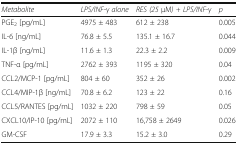
<table><thead><tr><td><b><i>Metabolite</i></b></td><td><b><i>LPS/INF-γ alone</i></b></td><td><b><i>RES (25</i> μM<i>) + LPS/INF-γ</i></b></td><td><b><i>p</i></b></td></tr></thead><tbody><tr><td>PGE<sub>2</sub> [pg/mL]</td><td>4975 ± 483</td><td>612 ± 238</td><td>0.005</td></tr><tr><td>IL-6 [ng/mL]</td><td>76.8 ± 5.5</td><td>135.1 ± 16.7</td><td>0.044</td></tr><tr><td>IL-1β [ng/mL]</td><td>11.6 ± 1.3</td><td>22.3 ± 2.2</td><td>0.009</td></tr><tr><td>TNF-α [pg/mL]</td><td>2762 ± 393</td><td>1195 ± 320</td><td>0.04</td></tr><tr><td>CCL2/MCP-1 [pg/mL]</td><td>804 ± 60</td><td>352 ± 26</td><td>0.002</td></tr><tr><td>CCL4/MIP-1β [ng/mL]</td><td>70.8 ± 6.2</td><td>123 ± 22</td><td>0.16</td></tr><tr><td>CCL5/RANTES [pg/mL]</td><td>1032 ± 220</td><td>798 ± 59</td><td>0.05</td></tr><tr><td>CXCL10/IP-10 [pg/mL]</td><td>2072 ± 110</td><td>16,758 ± 2649</td><td>0.026</td></tr><tr><td>GM-CSF</td><td>17.9 ± 3.3</td><td>15.2 ± 3.0</td><td>0.29</td></tr></tbody></table>